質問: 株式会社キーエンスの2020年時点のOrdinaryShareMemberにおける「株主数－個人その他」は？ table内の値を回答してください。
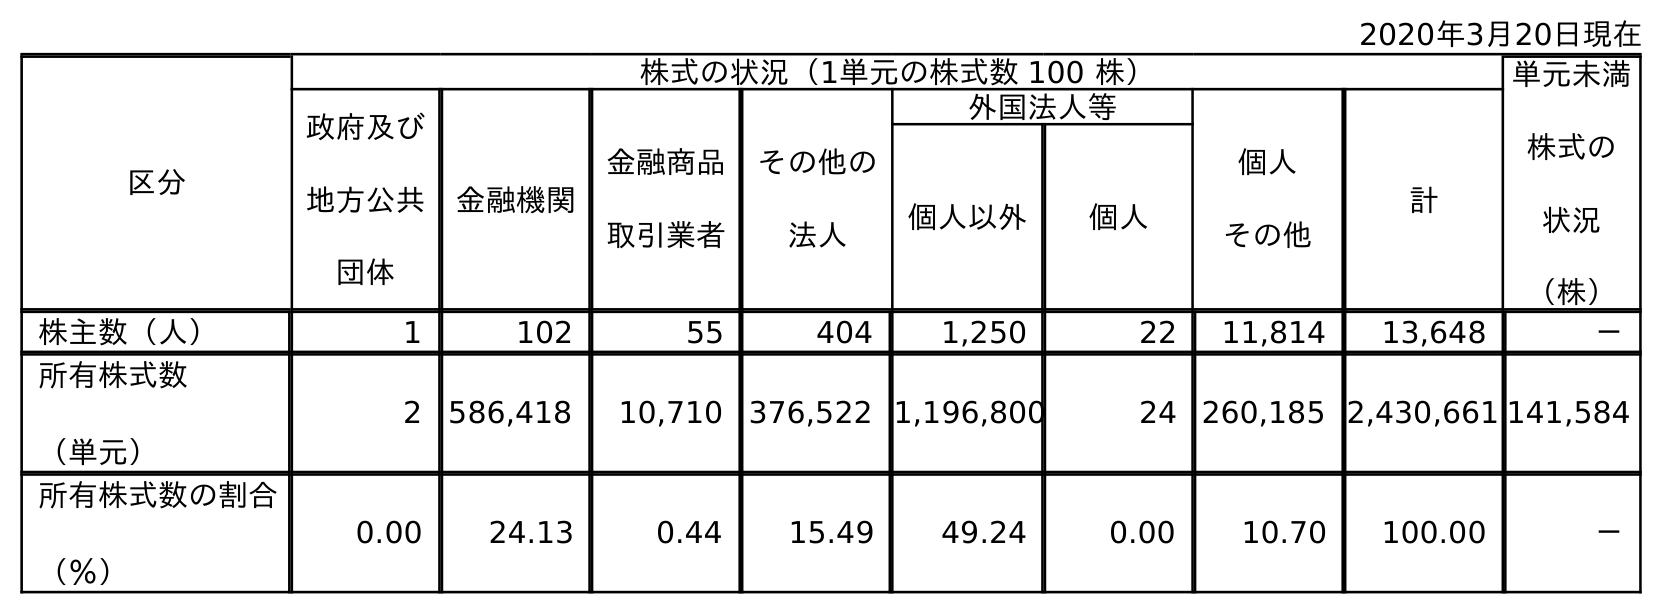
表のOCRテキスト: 2020年3月20日現在 区分 株式の状況（1単元の株式数 100 株） 単元未満 株式の 状況 （株） 政府及び 地方公共 団体 金融機関 金融商品 取引業者 その他の 法人 外国法人等 個人 その他 計 個人以外 個人 株主数（人） 1 102 55 404 1,250 22 11,814 13,648 － 所有株式数 （単元） 2 586,418 10,710 376,522 1,196,800 24 260,185 2,430,661 141,584 所有株式数の割合 （％） 0.00 24.13 0.44 15.49 49.24 0.00 10.70 100.00 －
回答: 11,814